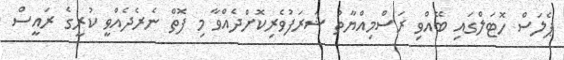
ޕެލަސް ހޮޓަލްގައި ބޭއްވި ރަސްމިއްޔާތު ޝަރަފުވެރިކޮށްދެއްވާ މި ފޮތް ނެރެދެއްވީ ކުރީގެ ރައީސް